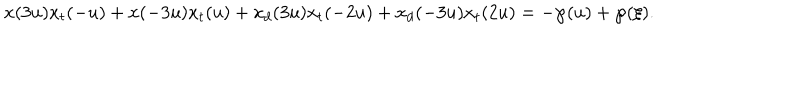
x ( 3 u ) x _ { t } ( - u ) + x ( - 3 u ) x _ { t } ( u ) + x _ { d } ( 3 u ) x _ { t } ( - 2 u ) + x _ { d } ( - 3 u ) x _ { t } ( 2 u ) = - \wp ( u ) + \wp ( \xi ) .